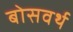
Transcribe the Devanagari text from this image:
बोसवर्थ